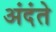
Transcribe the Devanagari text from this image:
अंदंते